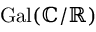
\operatorname { G a l } ( \mathbb { C } / \mathbb { R } )